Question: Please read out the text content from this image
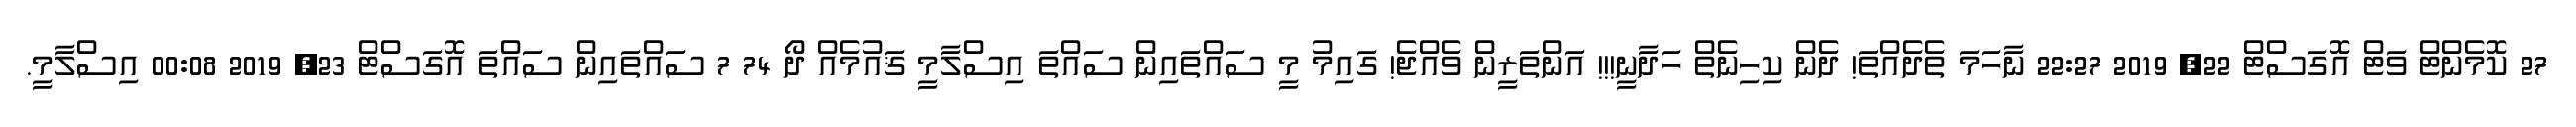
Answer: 27 ކޮމެންޓް ވަޓް އޮގަސްޓް 22, 2019 22:27 ނާހަމަ ތެދެއްތަ! ދެން ކިހިނެތް ހަދާނީ!!! އަންތަރީން ވެއްޖެ! ގައިމު މީ ސައްތައިން ސައްތަ އިސްލާމީ ޤައުމެއް ދޯ 74 7 ސައްތައިން ސައްތަ އޮގަސްޓް 23, 2019 00:08 އިސްލާމީ.